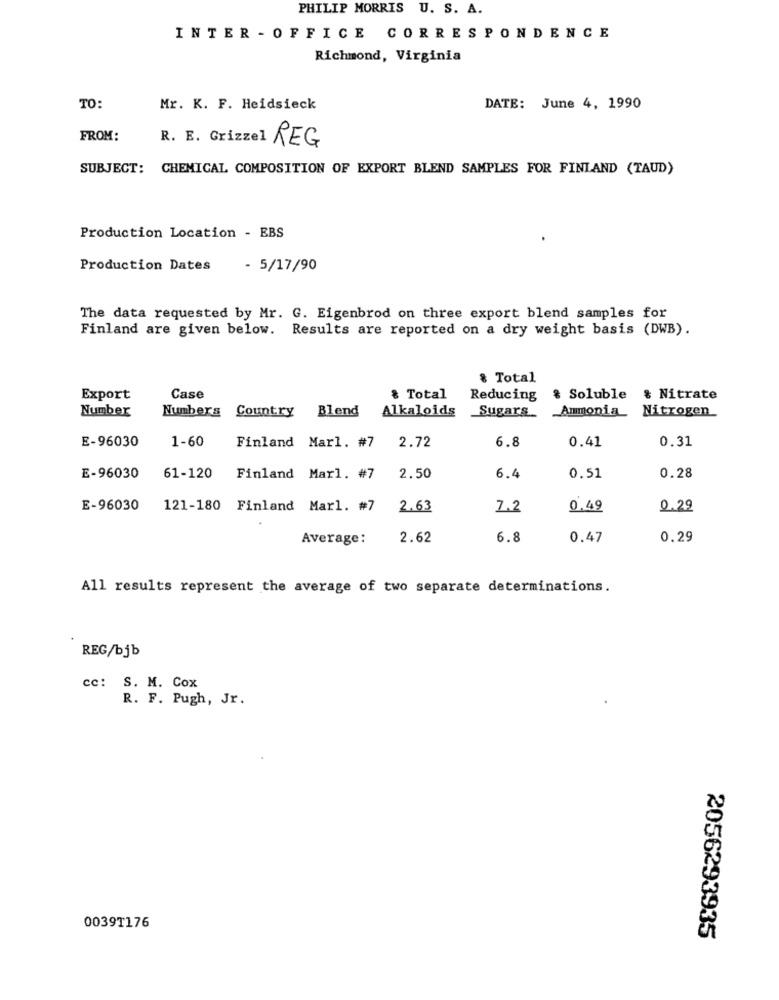
PHILIP MORRIS U. S. A.
INTER - OFFICE CORRESPONDENCE
Richmond, Virginia
TO:
Mr. K. F. Heidsieck
DATE: June 4, 1990
FROM:
REG
SUBJECT: CHEMICAL COMPOSITION OF EXPORT BLEND SAMPLES FOR FINLAND (TAUD)
Production Location - EBS
Production Dates
- 5/17/90
The data requested by Mr. G. Eigenbrod on three export blend samples for
Finland are given below. Results are reported on a dry weight basis (DWB).
& Total
Export
Case
& Total
Reducing
% Soluble & Nitrate
Number
Numbers
Country Blend
Alkaloids
Ammonia
Nitrogen
Sugars
1-60
0.41
0.31
E-96030
Finland Marl. #7 2.72
6.8
E-96030
61-120
Finland Marl. #7
2.50
6.4
0.51
0.28
E-96030
121-180 Finland Marl. #7
2.63
7.2
0.49
0.29
Average:
2.62
6.8
0.47
0.29
All results represent the average of two separate determinations.
REG/bjb
cc: S. M. Cox
R. F. Pugh, Jr.
0039T176
2056293935